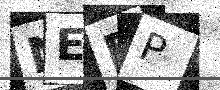
Text: NEBP